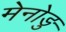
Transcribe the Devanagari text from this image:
मेनोङु